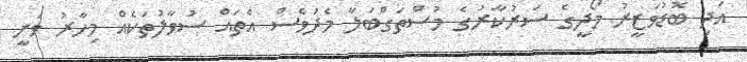
އަދި ބޮޑުވަޒީރު މޯދީގެ ސަރުކާރުގެ މުސްތަގްބަލާ މެދުވެސް އެތައް ސުވާލުތަކެއް މިހާރު ވަނީ